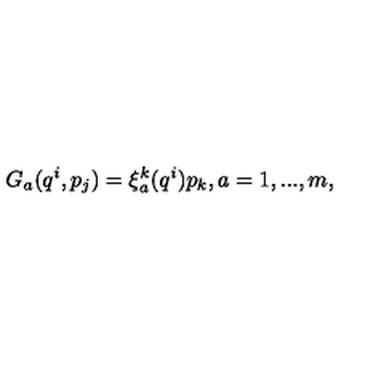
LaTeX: G _ { a } ( q ^ { i } , p _ { j } ) = \xi _ { a } ^ { k } ( q ^ { i } ) p _ { k } , a = 1 , . . . , m ,